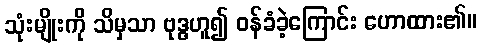
သုံးမျိုးကို သိမှသာ ဗုဒ္ဓဟူ၍ ဝန်ခံခဲ့ကြောင်း ဟောထား၏။